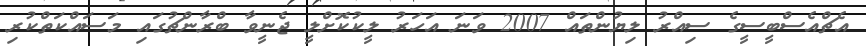
އެޗްއެސްބީސީގެ ސިއްރު ލިޔުންތައް 2007 ވަނަ އަަހަރު ލީކުކޮށްލީ ޖެނީވާ ބްރާންޗުގައި މަސައްކަތްކުރި